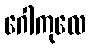
ဂေါကုလေ